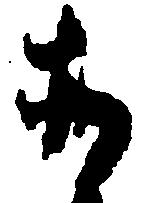
そ